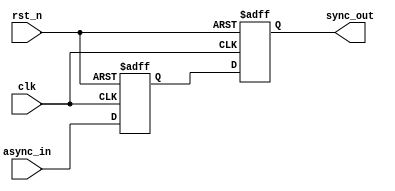
`timescale 1ns / 1ps
/////////////////////////////////////////////////////////////////////////////////////////////////////////////////
// Project Name			: Design of a Parametrizable, Configurable and Modular Asynchronous FIFO
// Module  Name			: sync
// Module  Description		: Double flip flop synchronization scheme
/////////////////////////////////////////////////////////////////////////////////////////////////////////////////
module sync
	//--------------------- PARAMETERS -----------------------------
	#(
	 parameter				SIZE = 4
	)
	//----------------------- PORTS --------------------------------
	(
	 input	wire 				clk		,
	 input	wire				rst_n		,
	 input	wire	[SIZE:0]		async_in	,
	 output	reg	[SIZE:0]		sync_out	
	);



	//----------------------- SIGNALS ------------------------------
	reg		[SIZE:0] 		temp		;

	//--------------------------------------------------------------
	// Douple flip flop synchronoziation scheme
	//--------------------------------------------------------------
	always @(posedge clk or negedge rst_n)
		if (!rst_n)
			{sync_out, temp} <= {SIZE{1'b0}}	;
		else
			{sync_out, temp} <= {temp, async_in}	;

endmodule